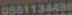
0551134495